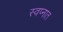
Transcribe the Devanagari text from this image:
स्‍वप्‍नात